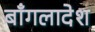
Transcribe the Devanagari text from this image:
बाँगलादेश